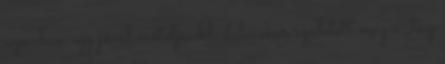
azonban egy jóval erőteljesebb dalcsokor született meg a „tűz